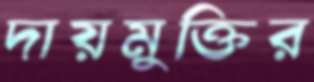
দায়মুক্তির